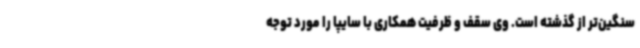
سنگین‌تر از گذشته است. وی سقف و ظرفیت همکاری با سایپا را مورد توجه